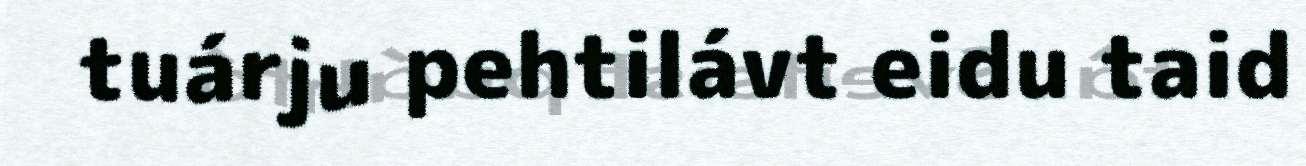
tuárju pehtilávt eidu taid